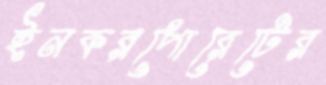
ইনকরপোরেটের